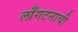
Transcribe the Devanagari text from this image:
लाँगटनाची